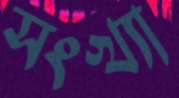
সংখ্যা